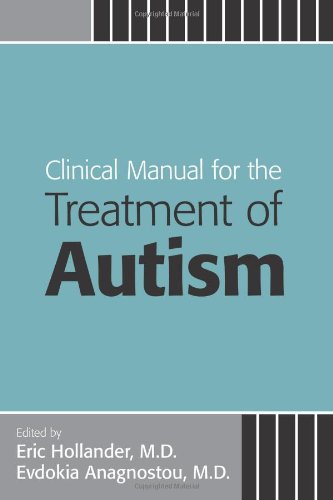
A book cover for Clinical Manual for the Treatment of Autism; Eric Hollander; Medical Books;